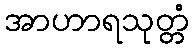
အာဟာရသုတ္တံ